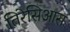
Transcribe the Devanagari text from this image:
तिरेसिआस